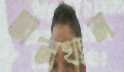
তালখান